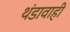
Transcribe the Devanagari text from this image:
थंडावाही